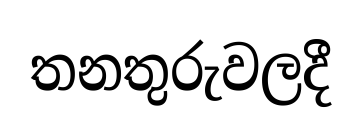
තනතුරුවලදී